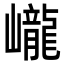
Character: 巄